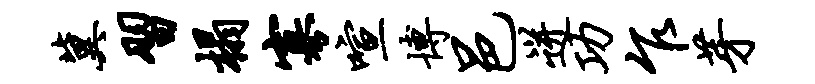
冀习榻寡喧博邑迸功乍芽